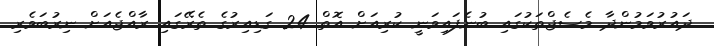
ދައުރުވަމުންދާ މެސެޖްތަކުގައި ބުނެފައިވަނީ ކުރިއަށް އޮތް 24 ގަޑިއިރުގެ ތެރޭގައި ރާއްޖެއަށް ނިރުބަވެެރި